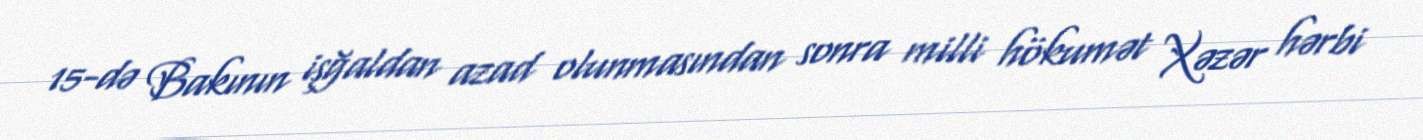
15-də Bakının işğaldan azad olunmasından sonra milli hökumət Xəzər hərbi